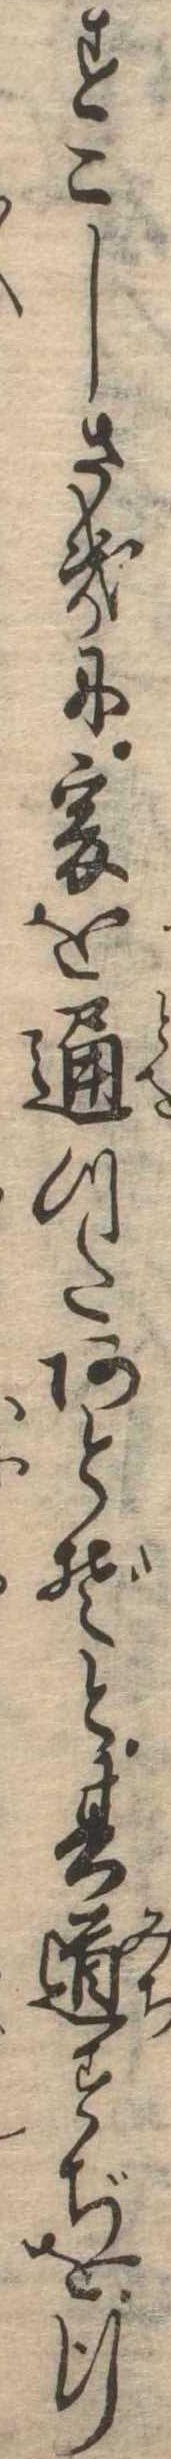
すこしさきに爰を通つたあとぞと其道すぢを行